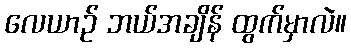
လေယာဉ် ဘယ်အချိန် ထွက်မှာလဲ။